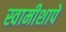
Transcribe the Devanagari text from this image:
स्वामीशापे